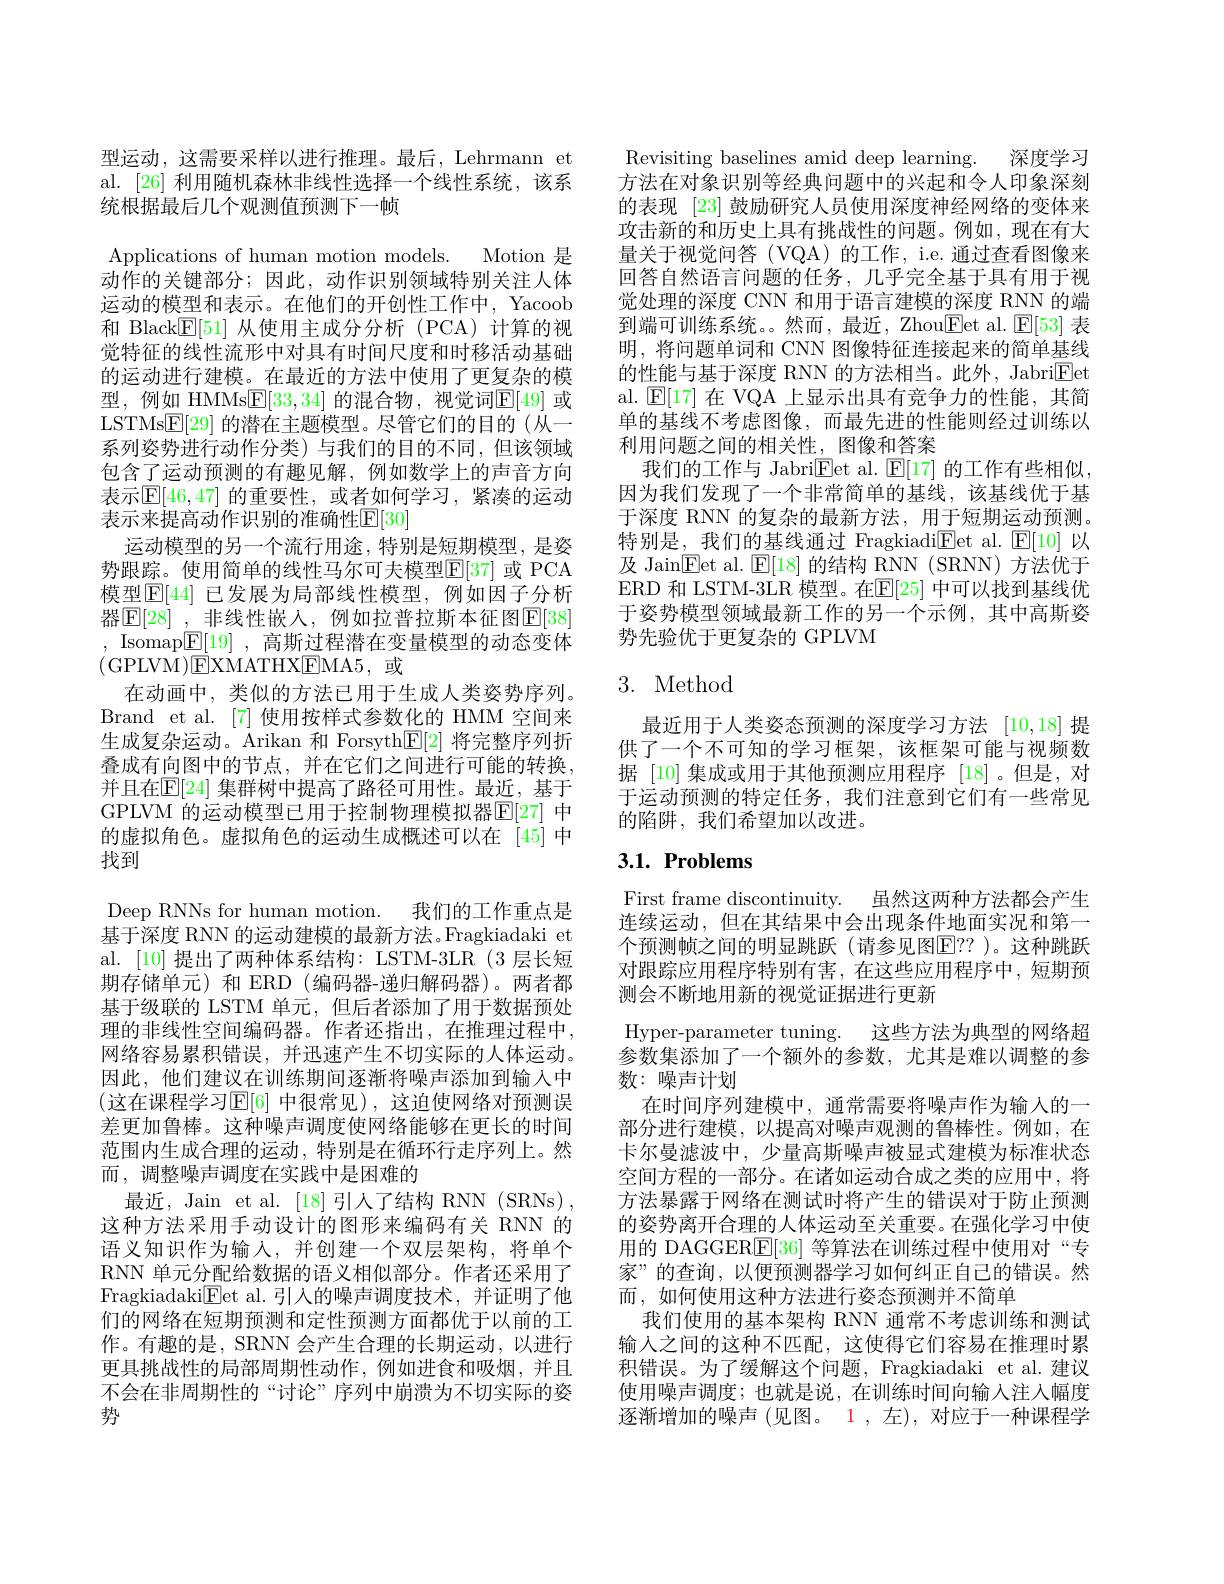
型运动，这需要采样以进行推理。最后，Lehrmann et al. [26] 利用随机森林非线性选择一个线性系统，该系统根据最后几个观测值预测下一帧
Applications of human motion models. Motion 是动作的关键部分；因此，动作识别领域特别关注人体运动的模型和表示。在他们的开创性工作中，Yacoob 和 Black$\boxed{\mathrm{E}}[51]$从使用主成分分析 (PCA)计算的视觉特征的线性流形中对具有时间尺度和时移活动基础的运动进行建模。在最近的方法中使用了更复杂的模型，例如 HMMs$\underline{\mathrm{E}}[33,34]$ 的混合物，视觉词$\underline{\mathrm{E}}[49]$ 或LSTMs$\underline{\mathrm{E}}[29]$的潜在主题模型。尽管它们的目的(从一系列姿势进行动作分类)与我们的目的不同，但该领域包含了运动预测的有趣见解，例如数学上的声音方向表示$\mathbb{E}[46,47]$ 的重要性，或者如何学习，紧凑的运动表示来提高动作识别的准确性$\mathbb{E}[30]$
运动模型的另一个流行用途，特别是短期模型，是姿势跟踪。使用简单的线性马尔可夫模型$\mathbb{E}[37]$ 或 PCA 模型$\mathbb{E}[44]$ 已发展为局部线性模型，例如因子分析器$\boxed{\mathrm{E} [ 28] }$ , 非线性嵌入，例如拉普拉斯本征图$\boxed{\mathrm{E}[38]}$ , Isomap$\underline{\mathbb{E}}[19]$ ,高斯过程潜在变量模型的动态变体(GPLVM$)\boxed{\mathrm{E}}$XMATHX$\boxed{\mathrm{E}}$MA5,或
在动画中，类似的方法已用于生成人类姿势序列。Brand et al.[7] 使用按样式参数化的 HMM 空间来生成复杂运动。Arikan 和 Forsyth$\mathbb{E}[2]$将完整序列折叠成有向图中的节点，并在它们之间进行可能的转换并且在$\mathbb{E}[24]$ 集群树中提高了路径可用性。最近，基于GPLVM 的运动模型已用于控制物理模拟器$\mathbb{E}[27]$ 中的虚拟角色。虚拟角色的运动生成概述可以在 [45]中找到

Deep RNNs for human motion. 我们的工作重点是基于深度 RNN 的运动建模的最新方法。Fragkiadaki et al. [10] 提出了两种体系结构：LSTM-3LR (3 层长短期存储单元)和 ERD(编码器-递归解码器)。两者都基于级联的 LSTM 单元，但后者添加了用于数据预处理的非线性空间编码器。作者还指出，在推理过程中， 网络容易累积错误，并迅速产生不切实际的人体运动。因此，他们建议在训练期间逐渐将噪声添加到输入中(这在课程学习E[6] 中很常见),这迫使网络对预测误差更加鲁棒。这种噪声调度使网络能够在更长的时间范围内生成合理的运动，特别是在循环行走序列上。然而 , 调整噪声调度在实践中是困难的
最近，Jain et al. [18] 引人了结构 RNN (SRNs) , 这种方法采用手动设计的图形来编码有关 RNN 的语义知识作为输入，并创建一个双层架构，将单个RNN 单元分配给数据的语义相似部分。作者还采用了Fragkiadaki$\underline{\mathrm{Eet~al.引人的噪声调度技术，并证明了他}}$ 们的网络在短期预测和定性预测方面都优于以前的工作。有趣的是，SRNN 会产生合理的长期运动，以进行更具挑战性的局部周期性动作，例如进食和吸烟，并且不会在非周期性的“讨论”序列中崩溃为不切实际的姿势

Revisiting baselines amid deep learning. 深度学习方法在对象识别等经典问题中的兴起和令人印象深刻的表现 [23] 鼓励研究人员使用深度神经网络的变体来攻击新的和历史上具有挑战性的问题。例如，现在有大量关于视觉问答(VQA)的工作，i.e.通过查看图像来回答自然语言问题的任务，几乎完全基于具有用于视觉处理的深度 CNN 和用于语言建模的深度 RNN 的端到端可训练系统。。然而，最近，Zhou$\boxed{\mathrm{Fet~al.~}\mathrm{E[53]~表}}$ 明，将问题单词和 CNN 图像特征连接起来的简单基线的性能与基于深度 RNN 的方法相当。此外，Jabri$\boxed{\mathrm{Eet}}$ al. $\mathbb{E}[17]$在 VQA 上显示出具有竞争力的性能，其简单的基线不考虑图像，而最先进的性能则经过训练以利用问题之间的相关性，图像和答案
我们的工作与 Jabri$\underline{\mathrm{Eet~al.~}}\underline{\mathrm{E}}[17]$的工作有些相似， 因为我们发现了一个非常简单的基线，该基线优于基于深度 RNN 的复杂的最新方法，用于短期运动预测。特别是，我们的基线通过 Fragkiadi$\boxed{\mathrm{Fet~al. ~}}\mathbb{E} [ 10]$以及 Jain$\boxed{\mathrm{E}}$et al. $\boxed{\mathrm{E}}[18]$的结构 RNN (SRNN) 方法优于ERD 和 LSTM-3LR 模型。在$\mathbb{E}[25]$ 中可以找到基线优于姿势模型领域最新工作的另一个示例，其中高斯姿势先验优于更复杂的 GPLVM

## 3. Method

最近用于人类姿态预测的深度学习方法[10,18]提供了一个不可知的学习框架，该框架可能与视频数据 [10]集成或用于其他预测应用程序[18]。但是，对于运动预测的特定任务，我们注意到它们有一些常见的陷阱，我们希望加以改进。

# $3. 1. \textbf{ Problems}$

First frame discontinuity. 虽然这两种方法都会产生连续运动，但在其结果中会出现条件地面实况和第一个预测帧之间的明显跳跃(请参见图$\mathbb{E}??$ )。这种跳跃对跟踪应用程序特别有害，在这些应用程序中，短期预测会不断地用新的视觉证据进行更新
Hyper-parameter tuning. 这些方法为典型的网络超参数集添加了一个额外的参数，尤其是难以调整的参数：噪声计划
在时间序列建模中，通常需要将噪声作为输入的一部分进行建模，以提高对噪声观测的鲁棒性。例如，在卡尔曼滤波中，少量高斯噪声被显式建模为标准状态空间方程的一部分。在诸如运动合成之类的应用中，将方法暴露于网络在测试时将产生的错误对于防止预测的姿势离开合理的人体运动至关重要。在强化学习中使用的 DAGGERE[ 36] 等算法在训练过程中使用对“专家”的查询，以便预测器学习如何纠正自己的错误。然而，如何使用这种方法进行姿态预测并不简单
我们使用的基本架构 RNN 通常不考虑训练和测试输入之间的这种不匹配，这使得它们容易在推理时累积错误。为了缓解这个问题，Fragkiadaki et al.建议使用噪声调度；也就是说，在训练时间向输人注入幅度逐渐增加的噪声 (见图。1 , 左), 对应于一种课程学